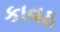
કાવઠ